Vaccine operations Central Provinces 1900-1911 - 1900-1911
Year: 1900
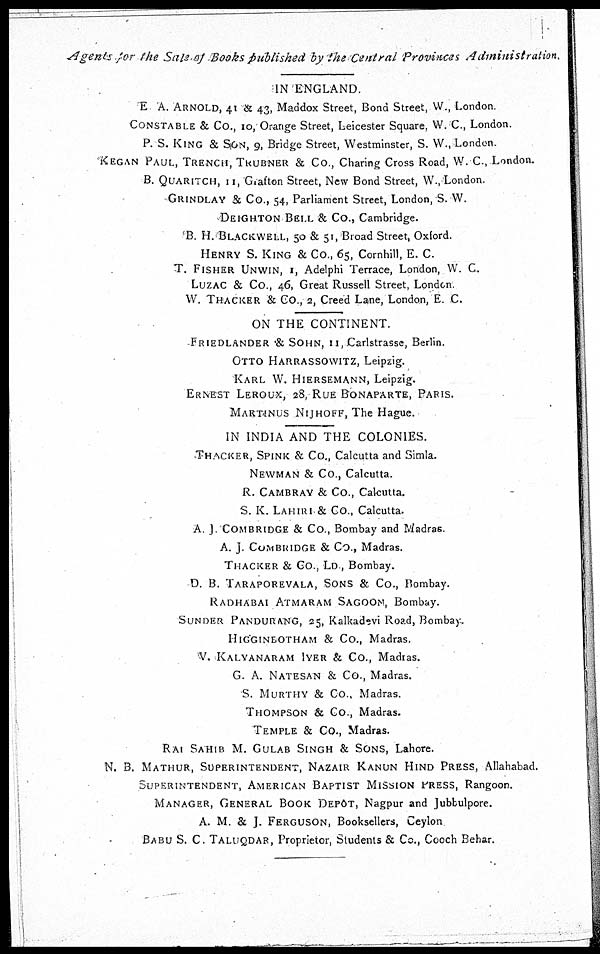
Agents for the Sale of Books published by the Central Provinces
Administration.
IN ENGLAND.
E A. ARNOLD, 41 & 43, Maddox Street, Bond Street, W., London.
CONSTABLE & Co., 10, Orange Street, Leicester Square, W. C., London.
P. S. KING & SON, 9, Bridge Street, Westminster, S. W., London.
KEGAN PAUL, TRENCH, TRUBNER & Co., Charing Cross Road, W. C., London.
B. QUARITCH, 11, Grafton Street, New Bond Street, W., London.
GRINDLAY & Co., 54, Parliament Street, London, S. W.
DEIGHTON BELL & Co., Cambridge.
B. H. BLACKWELL, 50 & 51, Broad Street, Oxford.
HENRY S. KING & Co., 65, Cornhill, E. C.
T. FISHER UNWIN, 1, Adelphi Terrace, London, W. C.
LUZAC & Co., 46, Great Russell Street, London
W. THACKER & Co., 2, Creed Lane, London, E. C.
ON THE CONTINENT.
FRIEDLANDER & SOHN, 11, Carlstrasse, Berlin.
OTTO HARRASSOWITZ, Leipzig.
KARL W. HIERSEMANN, Leipzig.
ERNEST LEROUX, 28, RUE BONAPARTE, PARIS.
MARTINUS NIJHOFF, The Hague.
IN INDIA AND THE COLONIES.
THACKER, SPINK & Co., Calcutta and Simla.
NEWMAN & Co., Calcutta.
R. CAMBRAY & Co., Calcutta.
S. K. LAHIRI & Co., Calcutta.
A. J. COMBRIDGE & Co., Bombay and Madras.
A. J. COMBRIDGE & Co., Madras.
THACKER & Co., LD , Bombay.
D. B. TARAPOREVALA, SONS & Co., Bombay.
RADHABAI ATMARAM SAGOON, Bombay.
SUNDER PANDURANG, 25, Kalkadevi Road, Bombay.
HIGGINBOTHAM & Co., Madras.
V. KALYANARAM IYER & Co., Madras.
G. A. NATESAN & Co., Madras.
S. MURTHY & Co., Madras.
THOMPSON & Co., Madras.
TEMPLE & Co., Madras.
RAI SAHIB M. GULAB SINGH & SONS, Lahore.
N. B. MATHUR, SUPERINTENDENT, NAZAIR KANUN HIND PRESS, Allahabad.
SUPERINTENDENT, AMERICAN BAPTIST MISSION PRESS, Rangoon.
MANAGER, GENERAL BOOK DEPÔT, Nagpur and Jubbulpore.
A. M. & J. FERGUSON, Booksellers, Ceylon
BABU S. C. TALUQDAR, Proprietor, Students & Co., Cooch Behar.